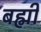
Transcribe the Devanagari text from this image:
बह्मी